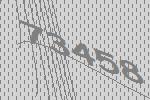
73458